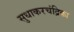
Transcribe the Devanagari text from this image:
सुधाकरचंद्रिका